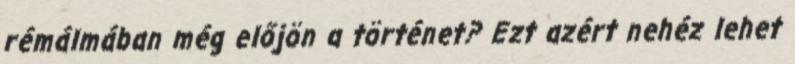
rémálmában még előjön a történet? Ezt azért nehéz lehet